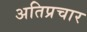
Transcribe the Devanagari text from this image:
अतिप्रचार